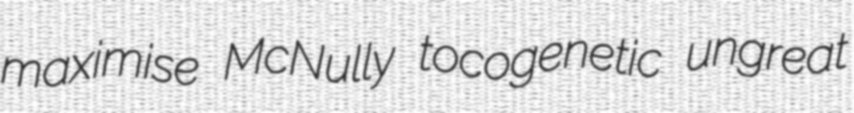
maximise McNully tocogenetic ungreat